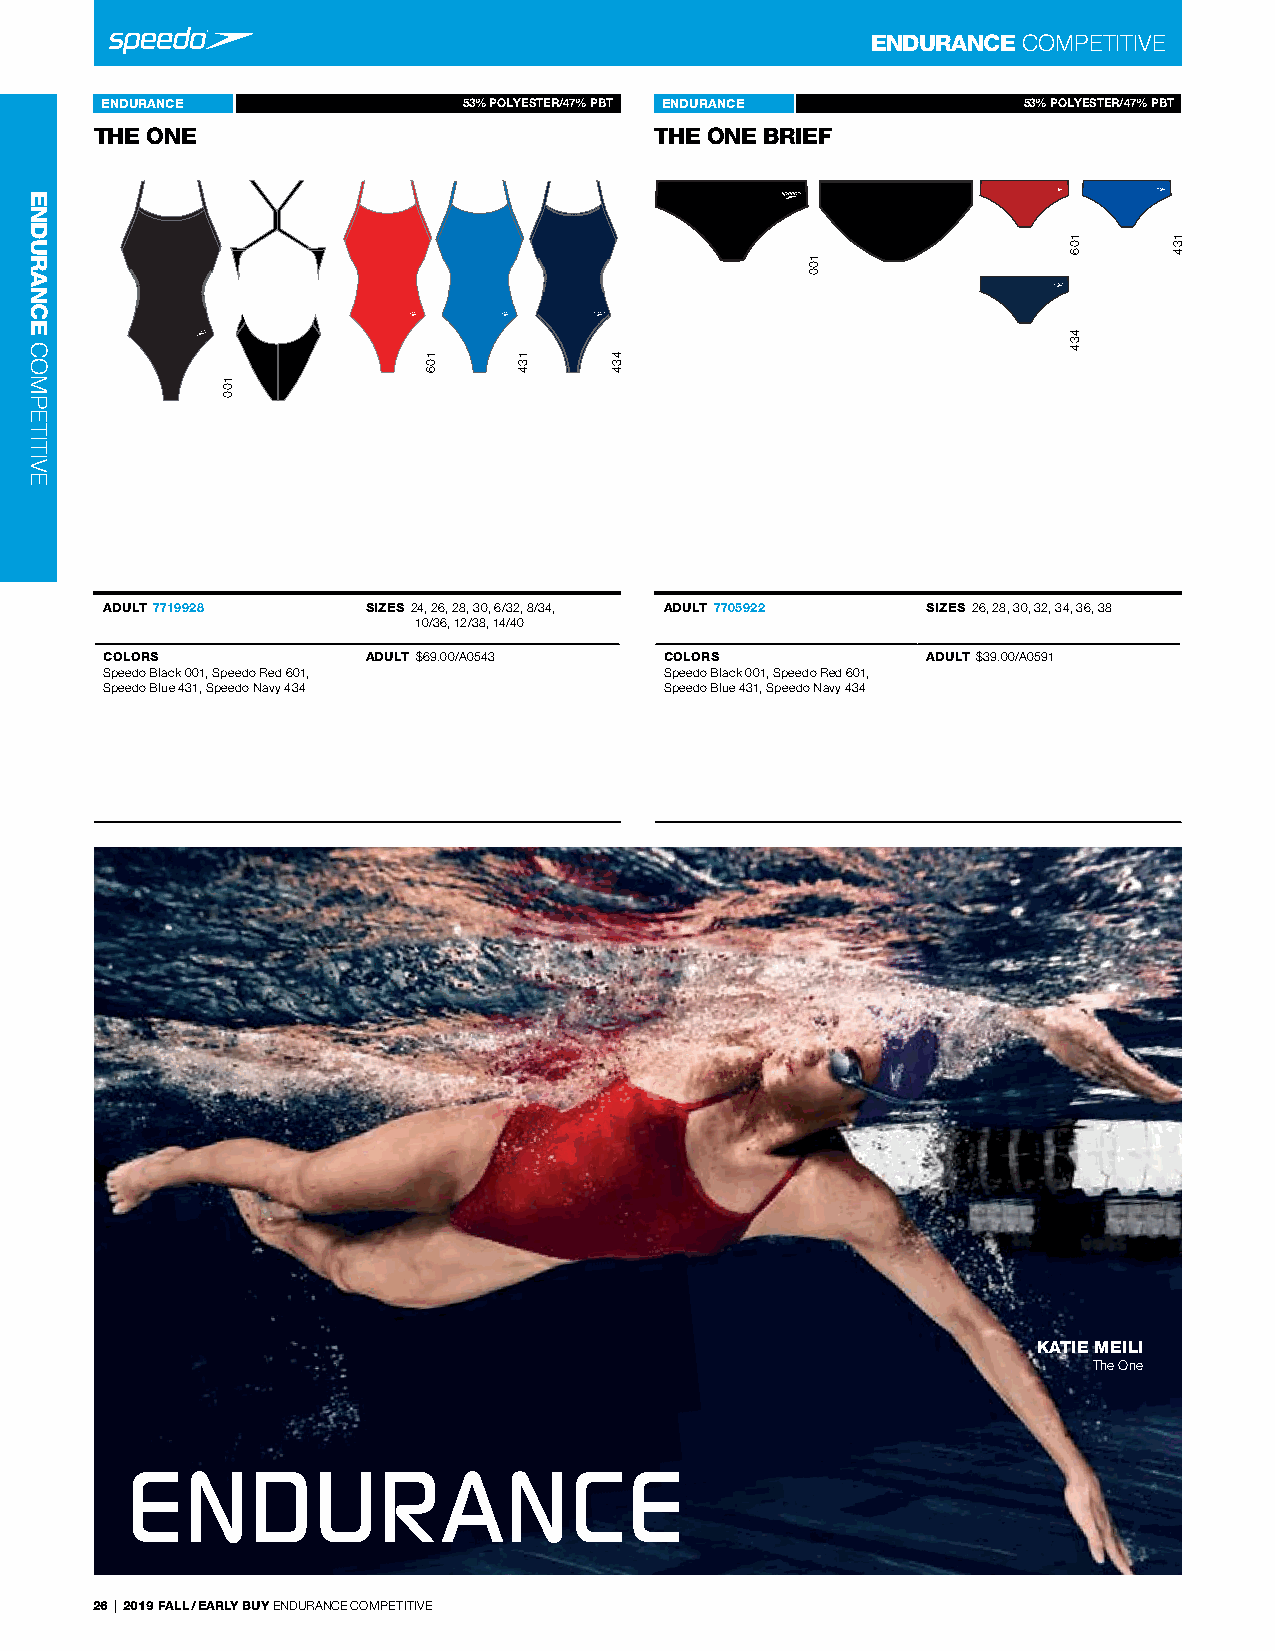
ENDURANCE COMPeTITIVe
 ENDURANCE           The One 815931%53 P0OLYESTER/47% PBT ENDURANCE The One 805531%63 P1OLYESTER/47% PBT
 THE ONE           -                  THE ONE BRIEF     -
 -                                    -
 ADULT 7719928    SIZES 24, 26, 28, 30, 6/32, 8/34, ADULT 7705922 SIZES 26, 28, 30, 32, 34, 36, 38
 10/36, 12/38, 14/40
 COLORS           ADULT $69.00/A0543  COLORS           ADULT $39.00/A0591
 Speedo Black 001, Speedo red 601,    Speedo Black 001, Speedo red 601,
 Speedo Blue 431, Speedo navy 434     Speedo Blue 431, Speedo navy 434
 KATIE MEILI
 The One
 26 | 2019 FALL / EARLY BUY endUrAnCe COMPeTITIVe
 ENDURANCE
 COMPeTITIVe
 100
 106   134   434
 100
 106
 434
 134